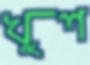
খুশ